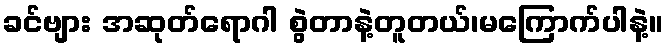
ခင်ဗျား အဆုတ်ရောဂါ စွဲတာနဲ့တူတယ်၊မကြောက်ပါနဲ့။